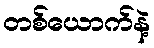
တစ်ယောက်နဲ့